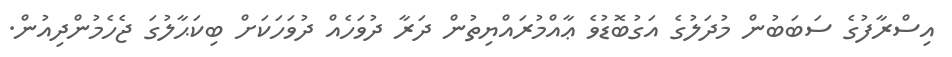
އިސްރާފުގެ ސަބަބުން މުދަލުގެ އަގުބޮޑުވެ ޢާއްމުރައްޔިތުން ދަރާ ދުވަހެއް ދުވަހަކަށް ބިކަޙާލުގަ ޖެހެމުންދިއުން.